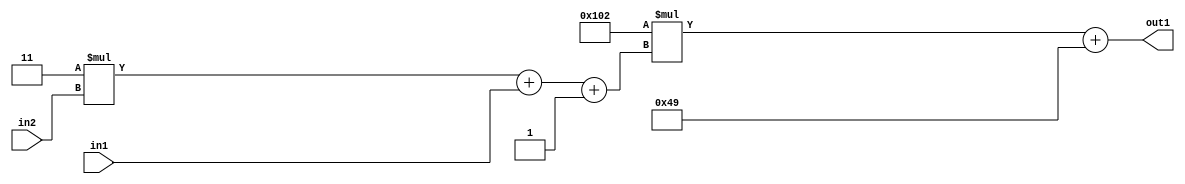
`timescale 1ps / 1ps
/*****************************************************************************
    Verilog RTL Description
    
    
    Created by: Stratus DpOpt 2019.1.01 
*******************************************************************************/

module DC_Filter_Add2i73Mul2i258Add3i1u1Mul2i3u2_4 (
	in2,
	in1,
	out1
	); /* architecture "behavioural" */ 
input [1:0] in2;
input  in1;
output [11:0] out1;
wire [11:0] asc001;
wire [3:0] asc002;

wire [3:0] asc002_tmp_0;
wire [3:0] asc002_tmp_1;
assign asc002_tmp_1 = 
	+(4'B0011 * in2);
assign asc002_tmp_0 = asc002_tmp_1
	+(in1);
assign asc002 = asc002_tmp_0
	+(4'B0001);

wire [11:0] asc001_tmp_2;
assign asc001_tmp_2 = 
	+(12'B000100000010 * asc002);
assign asc001 = asc001_tmp_2
	+(12'B000001001001);

assign out1 = asc001;
endmodule

/* CADENCE  vrP2Tgo= : u9/ySgnWtBlWxVPRXgAZ4Og= ** DO NOT EDIT THIS LINE ******/